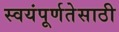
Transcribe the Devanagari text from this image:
स्वयंपूर्णतेसाठी